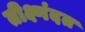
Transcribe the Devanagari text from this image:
तीक्ष्णंदत